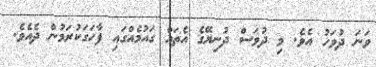
ވަނަ ދުވަހު އެވެ. މި ދުވަސް ދުނިޔޭގެ އެތައް ގައުމެއްގައި ފާހަގަކުރަމުން ދެއެވެ.